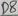
Text: D8